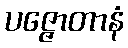
ပဇ္ဇောတာနံ